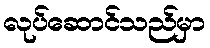
လုပ်ဆောင်သည်မှာ